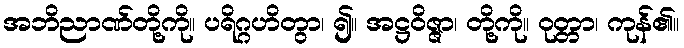
အဘိညာဏ်တို့ကို။ ပရိဂ္ဂဟိတွာ၊ ၍။ အဋ္ဌဝိဇ္ဇာ၊ တို့ကို။ ဝုတ္တာ၊ ကုန်၏။